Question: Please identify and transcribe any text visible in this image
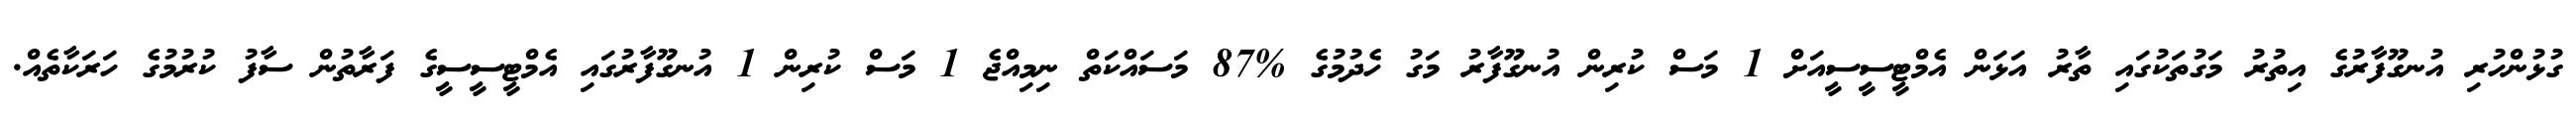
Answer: ގުޅުންހުރި އުނގޫފާރުގެ އިތުރު މަގުތަކުގައި ތާރު އަޅަން އެމްޓީސީސީއަށް 1 މަސް ކުރިން އުނގޫފާރު މަގު ހެދުމުގެ %87 މަސައްކަތް ނިމިއްޖެ 1 މަސް ކުރިން 1 އުނގޫފާރުގައި އެމްޓީސީސީގެ ފަރާތުން ސާފު ކުރުމުގެ ހަރަކާތެއް.